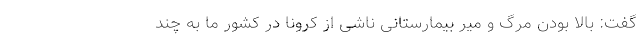
گفت: بالا بودن مرگ و میر بیمارستانی ناشی از کرونا در کشور ما به چند